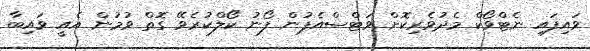
ވައިފައި ނެޓްވޯކް މެދުވެރިކޮށް ވަޓްސްއެޕުން ފޯނު ކޯލްކުރެވޭ ގޮތް ވުމުން އެއީ ވައިބާ